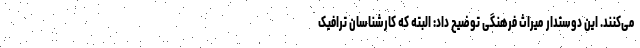
می‌کنند. این دوستدار میراث فرهنگی توضیح داد: البته که کارشناسان ترافیک